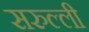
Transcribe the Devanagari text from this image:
सरुल्ली